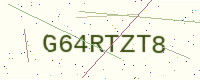
Text: G64RTZT8